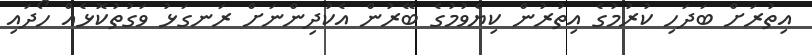
އިތުރަށް ބަދަހި ކުރުމުގެ އިތުރުން ކިޔެވުމުގެ ބޭރުން އެކުދިންނަށް ރަނގަޅު ވަގުތުކޮޅެއް ހޯދައި